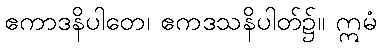
ဧကာဒနိပါတေ၊ ဧကဒသနိပါတ်၌။ ဣမံ